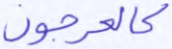
كالعرجون